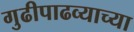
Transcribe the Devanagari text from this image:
गुढीपाढव्याच्या